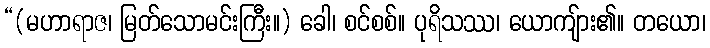
“(မဟာရာဇ၊ မြတ်သောမင်းကြီး။) ခေါ၊ စင်စစ်။ ပုရိသဿ၊ ယောကျ်ား၏။ တယော၊